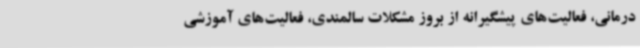
درمانی، فعالیت‌های پیشگیرانه از بروز مشکلات سالمندی، فعالیت‌های آموزشی